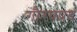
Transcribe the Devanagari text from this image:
गौरवप्रद